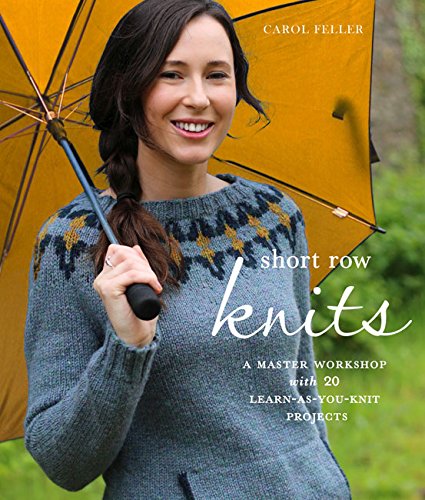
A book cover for Short Row Knits: A Master Workshop with 20 Learn-as-You-Knit Projects; Carol Feller; Crafts, Hobbies & Home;